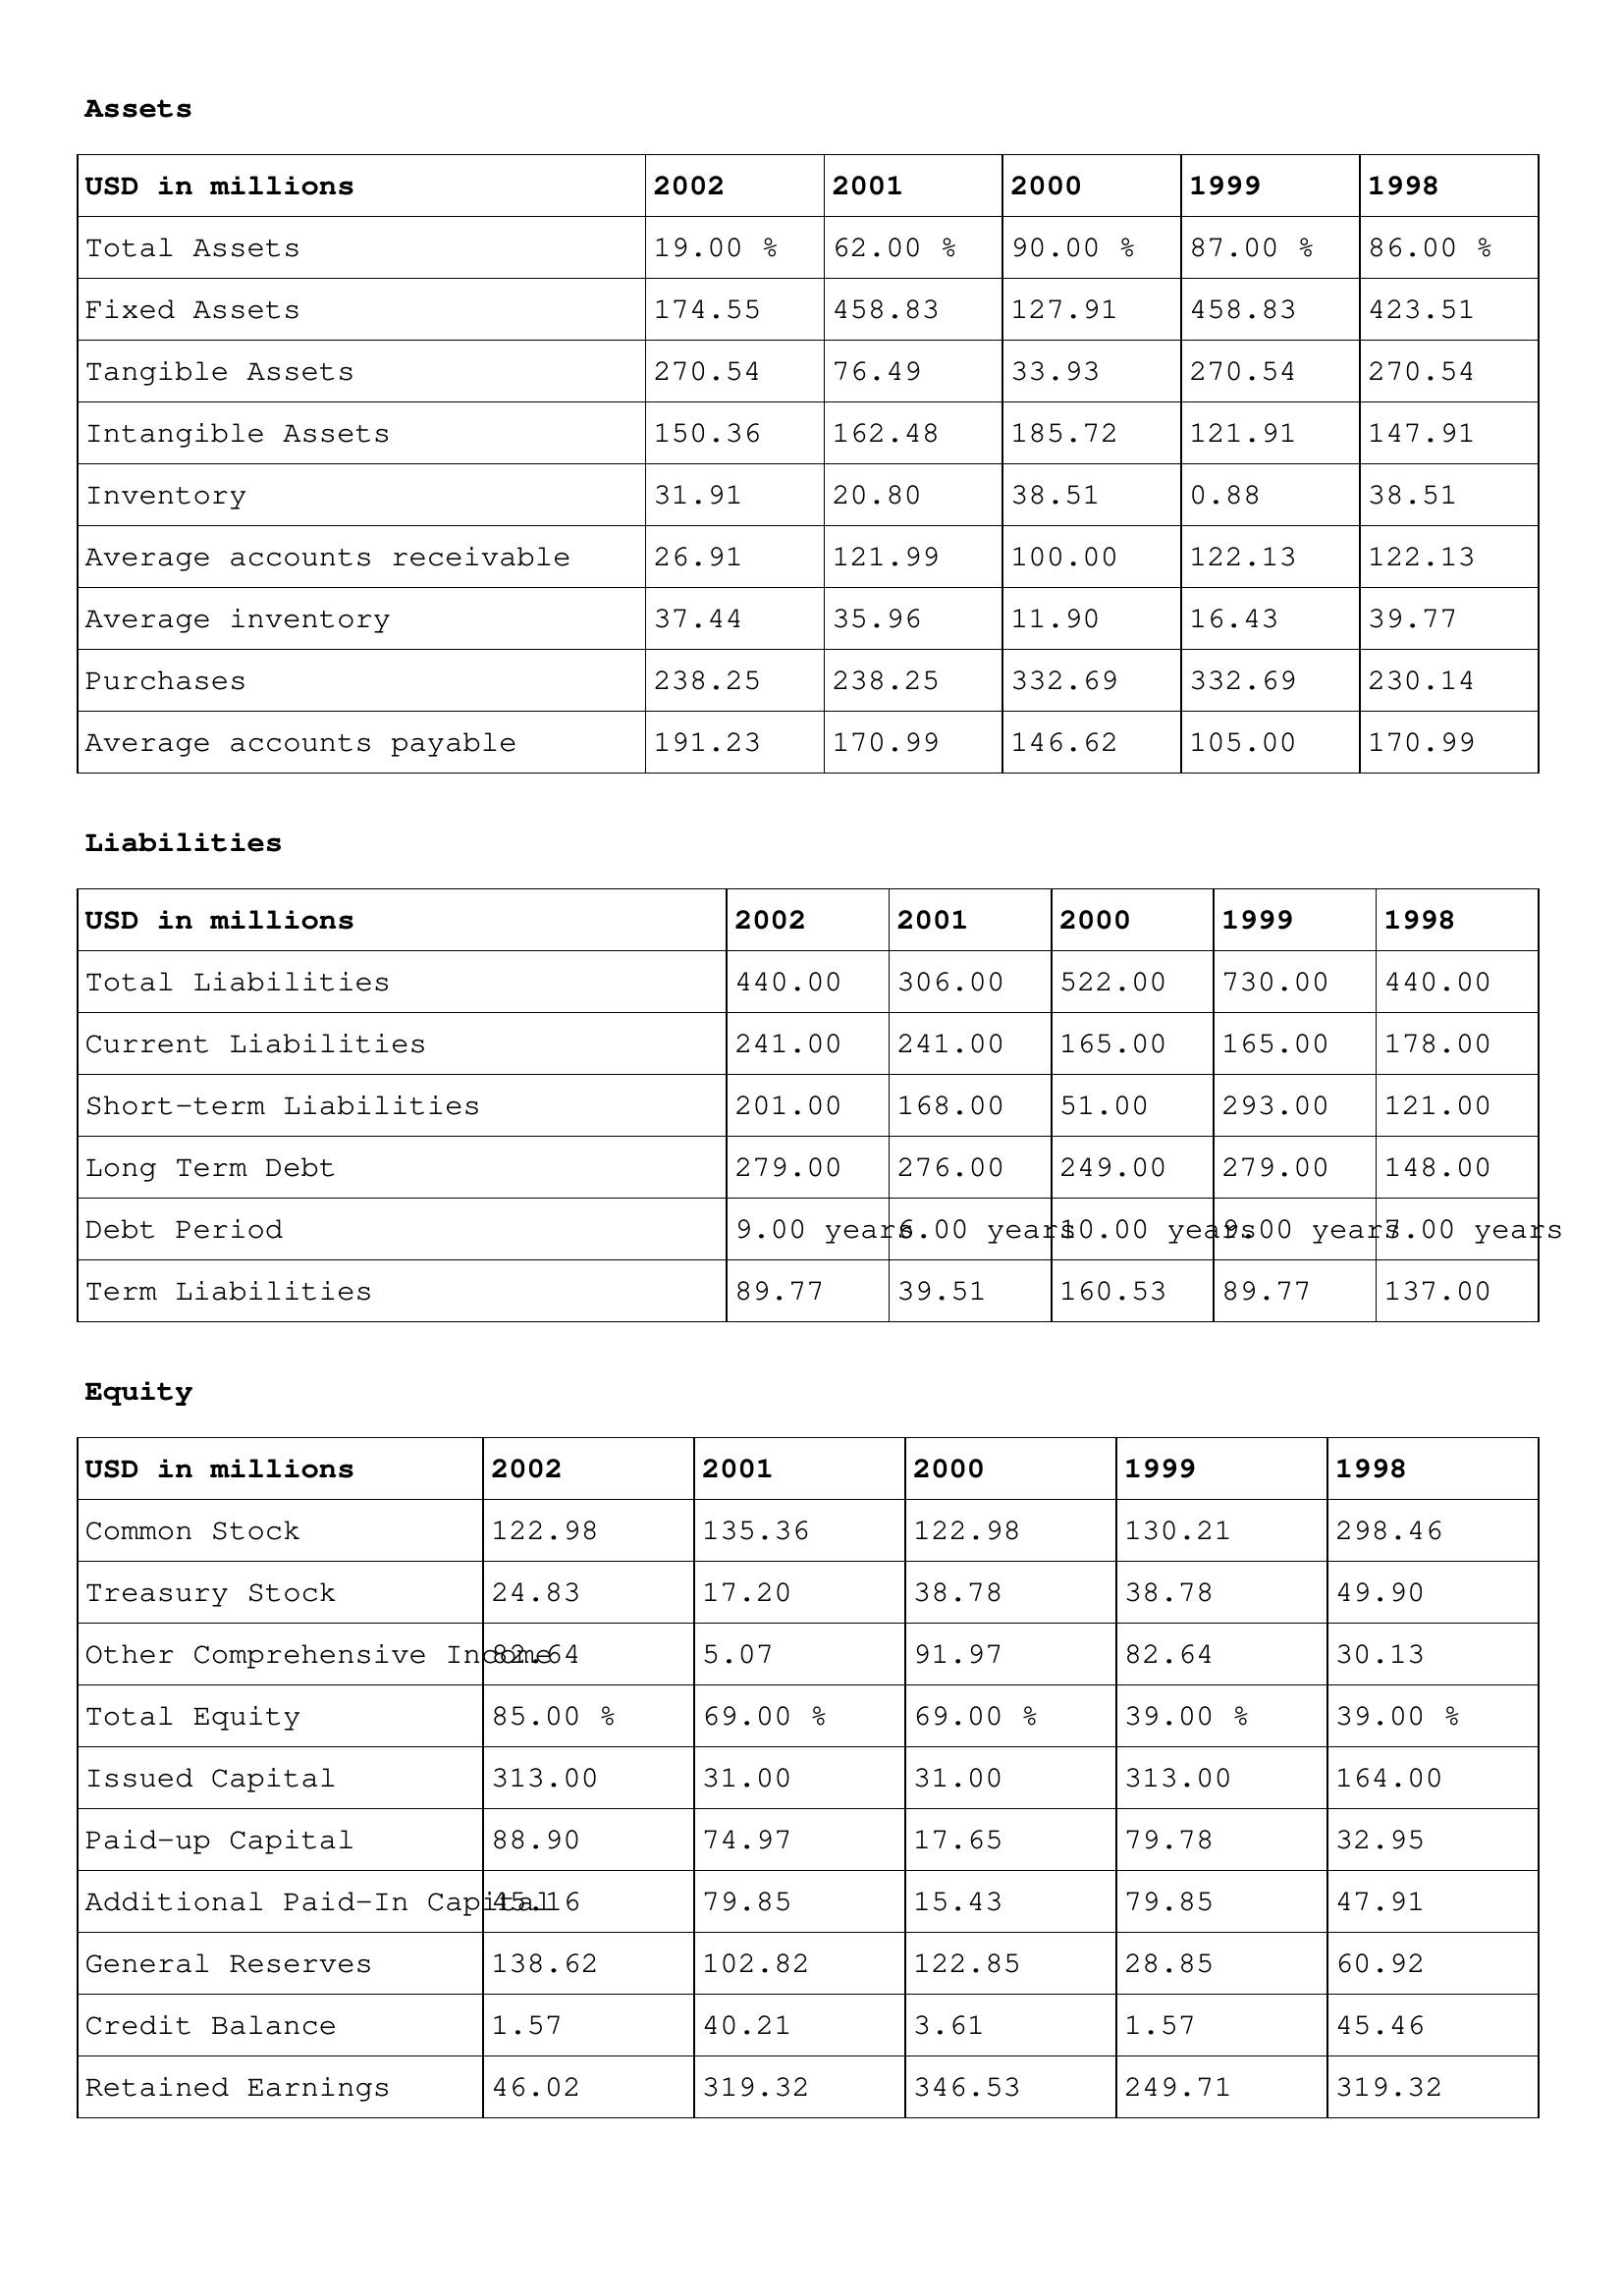
gt_parse: 2002: Assets: Total Assets: 19.00 %
Fixed Assets: 174.55
Tangible Assets: 270.54
Intangible Assets: 150.36
Inventory: 31.91
Average accounts receivable: 26.91
Average inventory: 37.44
Purchases: 238.25
Average accounts payable: 191.23
Liabilities: Total Liabilities: 440.00
Current Liabilities: 241.00
Short-term Liabilities: 201.00
Long Term Debt: 279.00
Debt Period: 9.00 years
Term Liabilities: 89.77
Equity: Common Stock: 122.98
Treasury Stock: 24.83
Other Comprehensive Income: 82.64
Total Equity: 85.00 %
Issued Capital: 313.00
Paid-up Capital: 88.90
Additional Paid-In Capital: 45.16
General Reserves: 138.62
Credit Balance: 1.57
Retained Earnings: 46.02
2001: Assets: Total Assets: 62.00 %
Fixed Assets: 458.83
Tangible Assets: 76.49
Intangible Assets: 162.48
Inventory: 20.80
Average accounts receivable: 121.99
Average inventory: 35.96
Purchases: 238.25
Average accounts payable: 170.99
Liabilities: Total Liabilities: 306.00
Current Liabilities: 241.00
Short-term Liabilities: 168.00
Long Term Debt: 276.00
Debt Period: 6.00 years
Term Liabilities: 39.51
Equity: Common Stock: 135.36
Treasury Stock: 17.20
Other Comprehensive Income: 5.07
Total Equity: 69.00 %
Issued Capital: 31.00
Paid-up Capital: 74.97
Additional Paid-In Capital: 79.85
General Reserves: 102.82
Credit Balance: 40.21
Retained Earnings: 319.32
2000: Assets: Total Assets: 90.00 %
Fixed Assets: 127.91
Tangible Assets: 33.93
Intangible Assets: 185.72
Inventory: 38.51
Average accounts receivable: 100.00
Average inventory: 11.90
Purchases: 332.69
Average accounts payable: 146.62
Liabilities: Total Liabilities: 522.00
Current Liabilities: 165.00
Short-term Liabilities: 51.00
Long Term Debt: 249.00
Debt Period: 10.00 years
Term Liabilities: 160.53
Equity: Common Stock: 122.98
Treasury Stock: 38.78
Other Comprehensive Income: 91.97
Total Equity: 69.00 %
Issued Capital: 31.00
Paid-up Capital: 17.65
Additional Paid-In Capital: 15.43
General Reserves: 122.85
Credit Balance: 3.61
Retained Earnings: 346.53
1999: Assets: Total Assets: 87.00 %
Fixed Assets: 458.83
Tangible Assets: 270.54
Intangible Assets: 121.91
Inventory: 0.88
Average accounts receivable: 122.13
Average inventory: 16.43
Purchases: 332.69
Average accounts payable: 105.00
Liabilities: Total Liabilities: 730.00
Current Liabilities: 165.00
Short-term Liabilities: 293.00
Long Term Debt: 279.00
Debt Period: 9.00 years
Term Liabilities: 89.77
Equity: Common Stock: 130.21
Treasury Stock: 38.78
Other Comprehensive Income: 82.64
Total Equity: 39.00 %
Issued Capital: 313.00
Paid-up Capital: 79.78
Additional Paid-In Capital: 79.85
General Reserves: 28.85
Credit Balance: 1.57
Retained Earnings: 249.71
1998: Assets: Total Assets: 86.00 %
Fixed Assets: 423.51
Tangible Assets: 270.54
Intangible Assets: 147.91
Inventory: 38.51
Average accounts receivable: 122.13
Average inventory: 39.77
Purchases: 230.14
Average accounts payable: 170.99
Liabilities: Total Liabilities: 440.00
Current Liabilities: 178.00
Short-term Liabilities: 121.00
Long Term Debt: 148.00
Debt Period: 7.00 years
Term Liabilities: 137.00
Equity: Common Stock: 298.46
Treasury Stock: 49.90
Other Comprehensive Income: 30.13
Total Equity: 39.00 %
Issued Capital: 164.00
Paid-up Capital: 32.95
Additional Paid-In Capital: 47.91
General Reserves: 60.92
Credit Balance: 45.46
Retained Earnings: 319.32